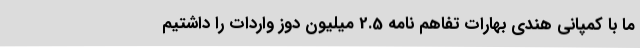
ما با کمپانی هندی بهارات تفاهم ‌نامه 2.5 میلیون دوز واردات را داشتیم